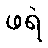
ဖရဲ